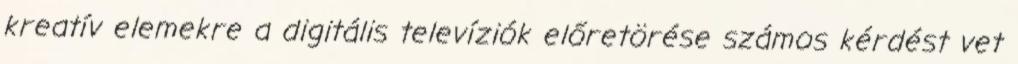
kreatív elemekre a digitális televíziók előretörése számos kérdést vet